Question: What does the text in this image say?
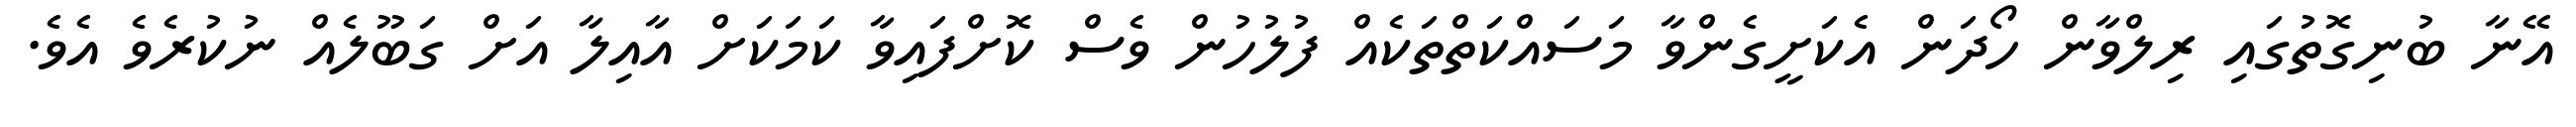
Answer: އޭނާ ބުނިގޮތުގައި ރިލްވާން ހޯދަން އެކަށީގެންވާ މަސައްކަތްތަކެއް ފުލުހުން ވެސް ކޮށްފައިވާ ކަމަކަށް އާއިލާ އަށް ގަބޫލެއް ނުކުރެވެ އެވެ.